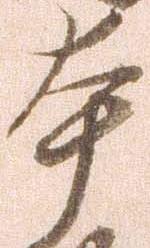
本